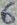
Text: 6